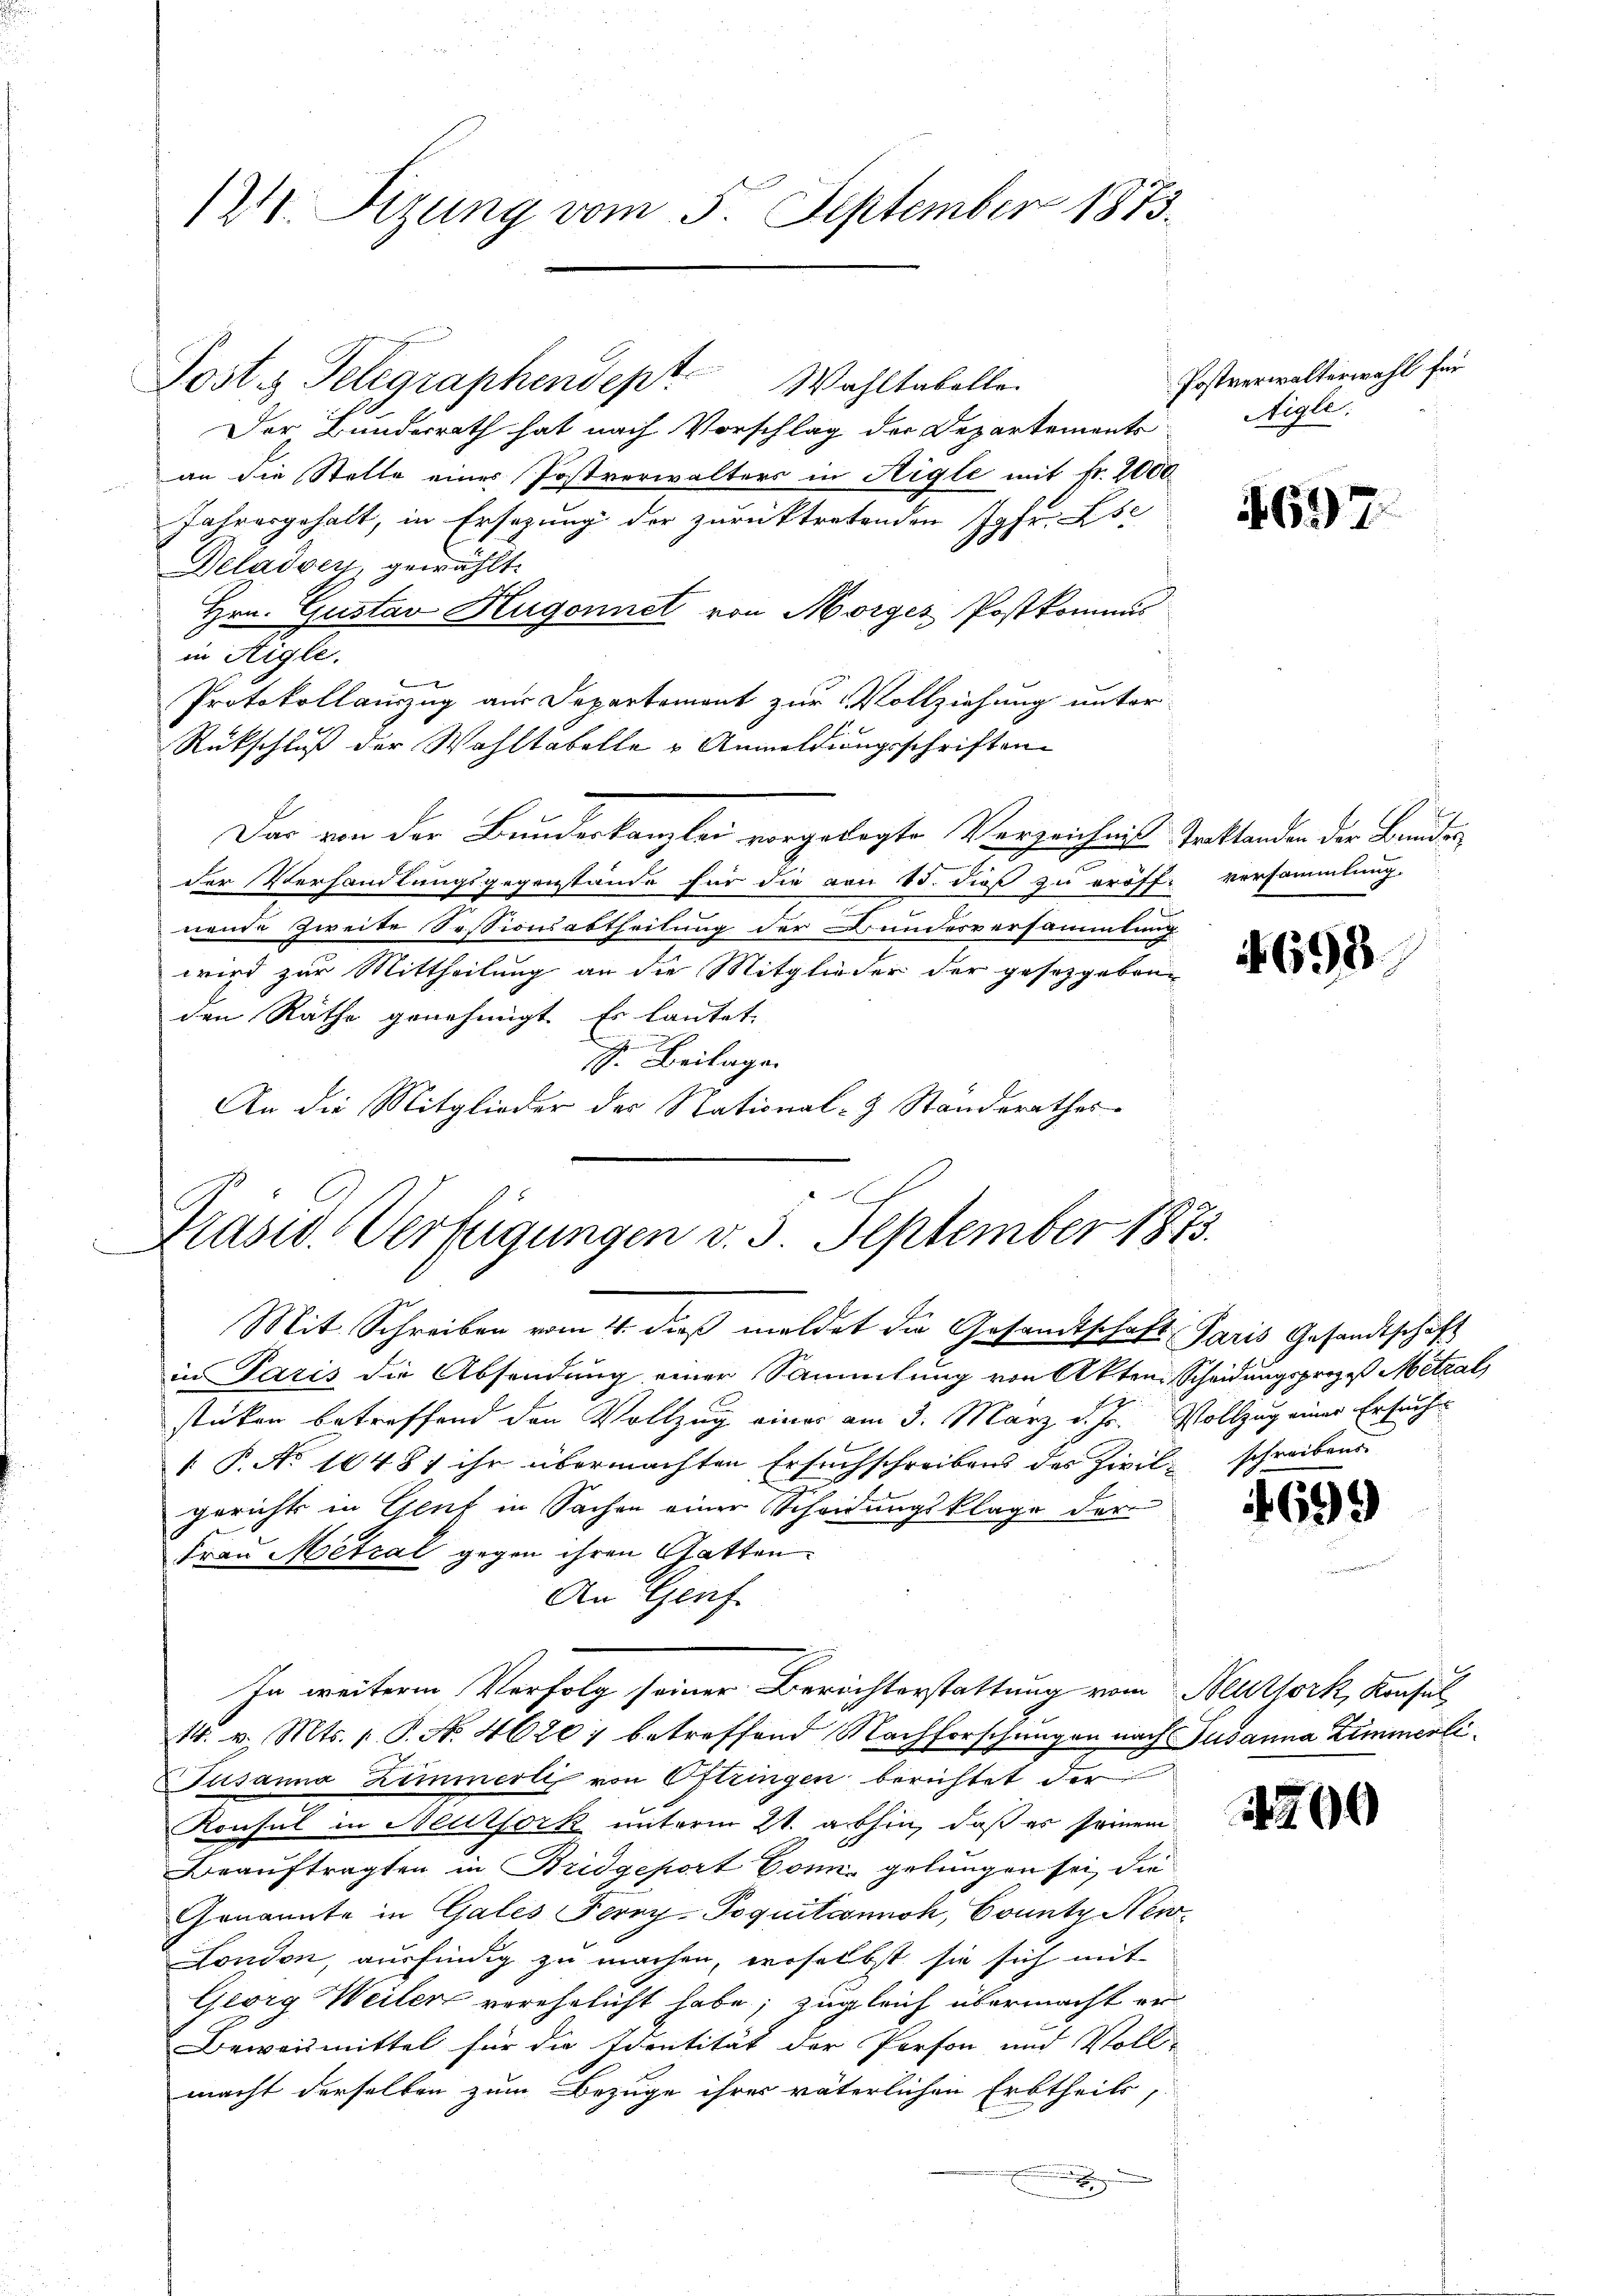
12. Sizung vom 5. September 1873.

Post Telegraphendept. Wahltabelle.
Der Bundesrath hat nach Vorschlag der Departements
an die Stelle einer Postverwalters in Aigle mit fr. 2000
Jahresgehalt, in Ersezung der zurücktretenden Jgfr. Zsc
Deladen, gewählt.
Hrn. Gustav Hugonnet von Morges Postkommis
in Aigle.
Protokollauszug aus Departement zur Vollziehung unter
Rückschluß der Wahltabelle u Anmeldungsschriften
Das von der Bundeskanzlei vorgelegte Verzeichnis Traktanden der Bunden
der Verhandlungsgegenstände für die von 15. dieß zu eröff- versammlung.
nende Zweite Sessionsabtheilung der Bundesversammlung
wird zur Mittheilung an die Mitglieder der gesetzgeben
den Räthe genehmigt. Es lautet
S. Beilage.
An die Mitglieder der National- Standerathes

Präsid. Verfügungen v. 3. September 1873.
Mit Schreiben vom 4. dieß meldet die Gesamtschaft Paris Gesandtschaft

in Paris die Absendung einer Sammlung von Akten Scheidungsprozeß Metzal
stücken betreffend den Vollzug einer am 3. März d. Js. Vollzug einer Ersuche
 P. No 10487 ihr übermachten Ersuchschreibens des Zivil-
gerichts in Genf in Sachen einer Scheidungsklage der
Frau Metral gegen ihren Gatten.
An Genf.
Jusanna Zimmerli von Oftringen berichtet der
Konsul in Neutfork unterm 21. abhin, daß es seinem
Beauftragten in Bridgeport Bonn gelungen sei, die
Genannte in Gales Ferry-Poquitannok, County New-
London, ausfindig zu machen, woselbst sie sich mit
Georg Weiter verehelicht habe; zugleich übermacht er
Beweismittel für die Identität der Person und Voll-
macht derselben zum Bezuge ihrer väterlichen Erbtheils,
.

In weitere Verfolg seiner Berichterstattung vom Neuttork, Konsul
14. v. Mts. 1 P. No. 4620) betreffend Nachforschungen nach Susanna Zimmerli¬

Postverwalterwahl für
Aigle.

4697

4693.

schreibens

699

4700